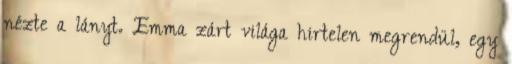
nézte a lányt. Emma zárt világa hirtelen megrendül, egy